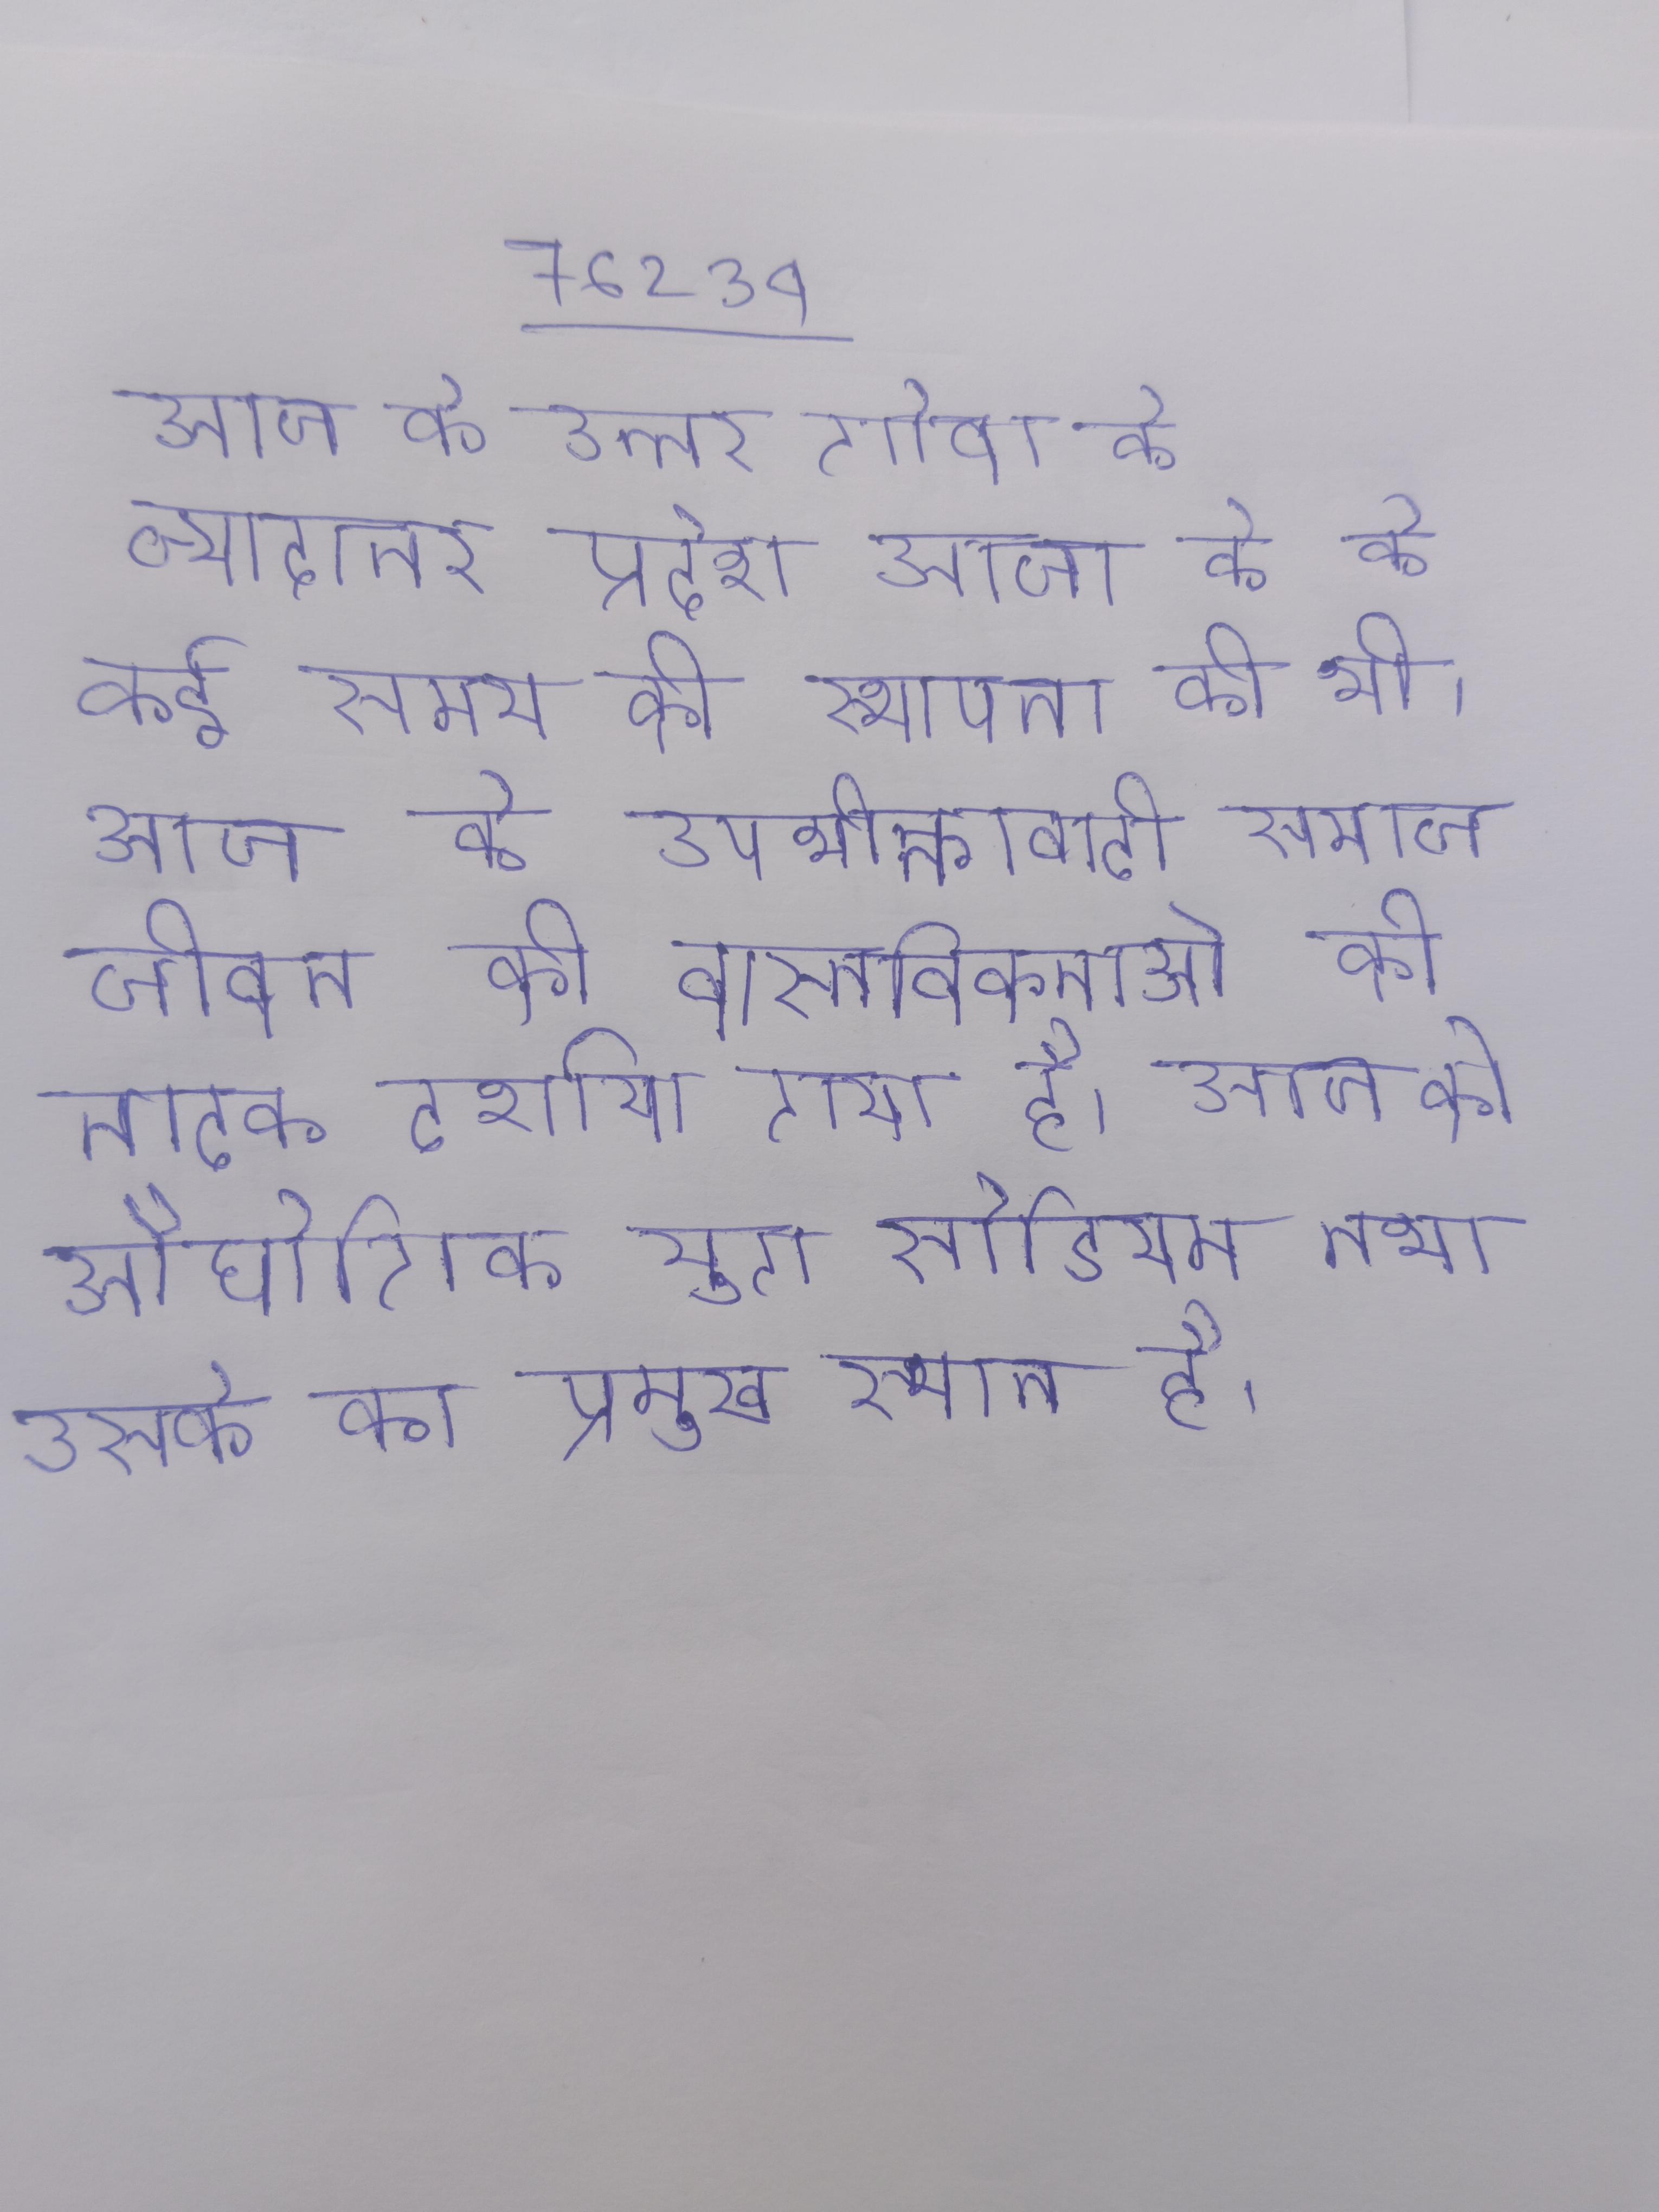
आज के उत्तर गोवा के ज्यादातर प्रदेश आज के के कई समय की स्थापना की थी । आज के उपभोक्तावादी समाज जीवन की वास्तविकताओ को नाटक दर्शाया गया है । आज के औद्योगिक युग सोडियम तथा उसके का प्रमुख स्थान है ।